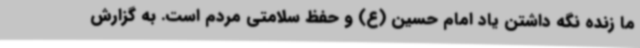
ما زنده نگه داشتن یاد امام حسین (ع) و حفظ سلامتی مردم است. به گزارش